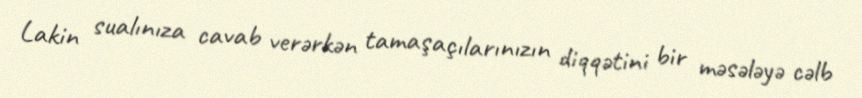
Lakin sualınıza cavab verərkən tamaşaçılarınızın diqqətini bir məsələyə cəlb